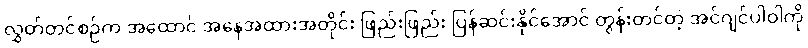
လွှတ်တင်စဉ်က အထောင် အနေအထားအတိုင်း ဖြည်းဖြည်း ပြန်ဆင်းနိုင်အောင် တွန်းတင်တဲ့ အင်ဂျင်ပါဝါကို